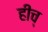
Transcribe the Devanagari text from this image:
हीच्